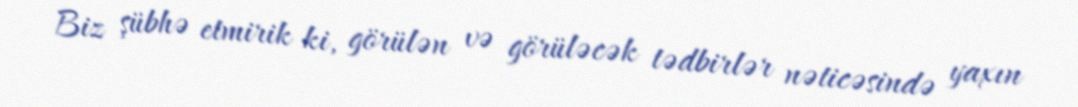
Biz şübhə etmirik ki, görülən və görüləcək tədbirlər nəticəsində yaxın